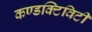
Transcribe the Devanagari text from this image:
कण्डक्टिविटी